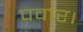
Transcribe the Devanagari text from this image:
पवार।